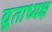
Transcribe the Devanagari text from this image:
द्यूताध्यक्ष